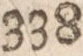
338